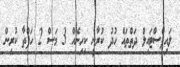
ލައިފްސްޓައިލް ދަތްތައް ހުދު ކުރާނީ ކިހިނެއް 3 މަސް 2 ހަފްތާ ކުރިން